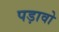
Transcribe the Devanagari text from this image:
पड़ावो